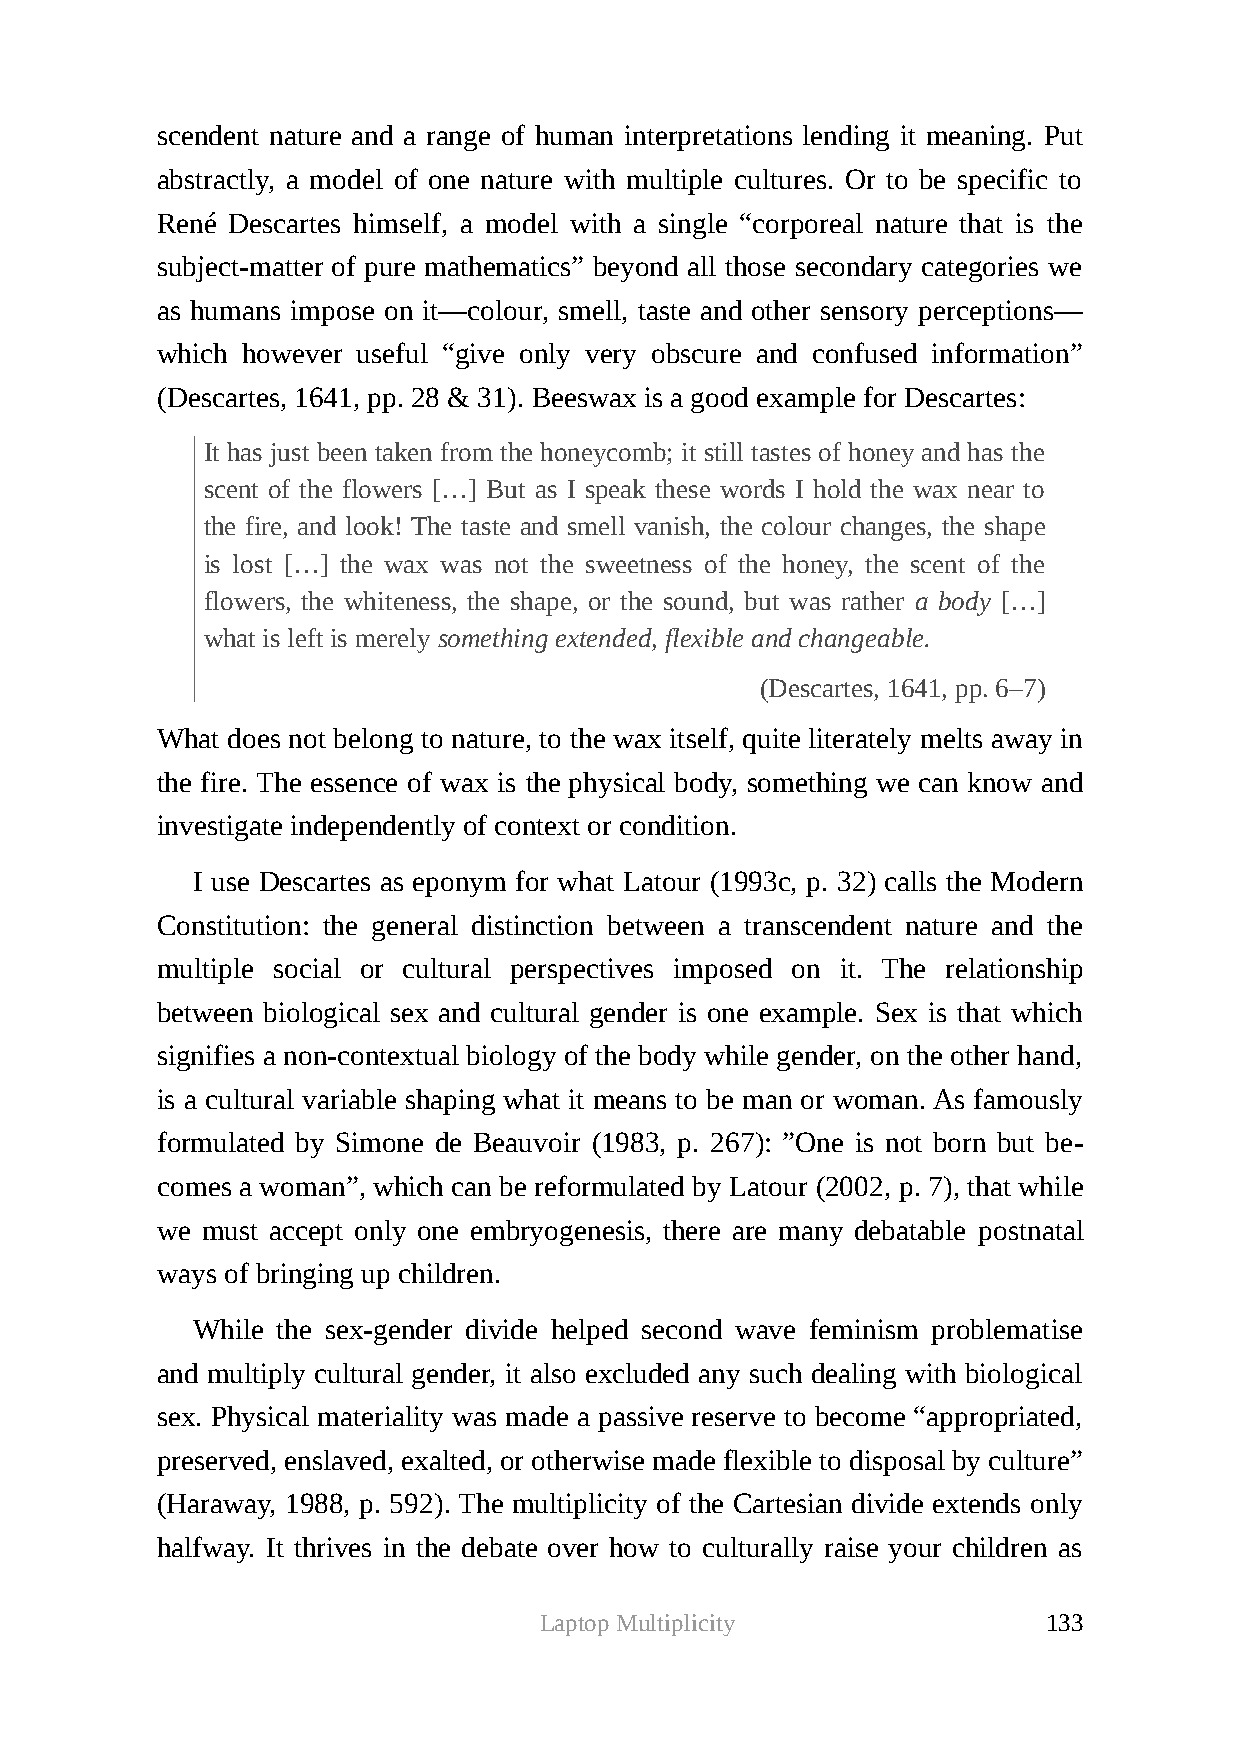
scendent nature and a range of human interpretations lending it meaning. Put
 abstractly, a model of one nature with multiple cultures. Or to be specific to
 René Descartes himself, a model with a single “corporeal nature that is the
 subject-matter of pure mathematics” beyond all those secondary categories we
 as humans impose on it—colour, smell, taste and other sensory perceptions—
 which however useful “give only very obscure and confused information”
 (Descartes, 1641, pp. 28 & 31). Beeswax is a good example for Descartes:
 It has just been taken from the honeycomb; it still tastes of honey and has the
 scent of the flowers […] But as I speak these words I hold the wax near to
 the fire, and look! The taste and smell vanish, the colour changes, the shape
 is lost […] the wax was not the sweetness of the honey, the scent of the
 flowers, the whiteness, the shape, or the sound, but was rather a body […]
 what is left is merely something extended, flexible and changeable.
 (Descartes, 1641, pp. 6–7)
 What does not belong to nature, to the wax itself, quite literately melts away in
 the fire. The essence of wax is the physical body, something we can know and
 investigate independently of context or condition.
 I use Descartes as eponym for what Latour (1993c, p. 32) calls the Modern
 Constitution: the general distinction between a transcendent nature and the
 multiple social or cultural perspectives imposed on it. The relationship
 between biological sex and cultural gender is one example. Sex is that which
 signifies a non-contextual biology of the body while gender, on the other hand,
 is a cultural variable shaping what it means to be man or woman. As famously
 formulated by Simone de Beauvoir (1983, p. 267): ”One is not born but be-
 comes a woman”, which can be reformulated by Latour (2002, p. 7), that while
 we must accept only one embryogenesis, there are many debatable postnatal
 ways of bringing up children.
 While the sex-gender divide helped second wave feminism problematise
 and multiply cultural gender, it also excluded any such dealing with biological
 sex. Physical materiality was made a passive reserve to become “appropriated,
 preserved, enslaved, exalted, or otherwise made flexible to disposal by culture”
 (Haraway, 1988, p. 592). The multiplicity of the Cartesian divide extends only
 halfway. It thrives in the debate over how to culturally raise your children as
 Laptop Multiplicity              133